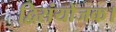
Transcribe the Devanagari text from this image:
द्विसंयोजक।